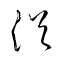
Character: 浴